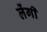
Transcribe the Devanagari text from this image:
लेंगीं